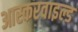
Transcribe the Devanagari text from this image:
आस्करवाइल्ड